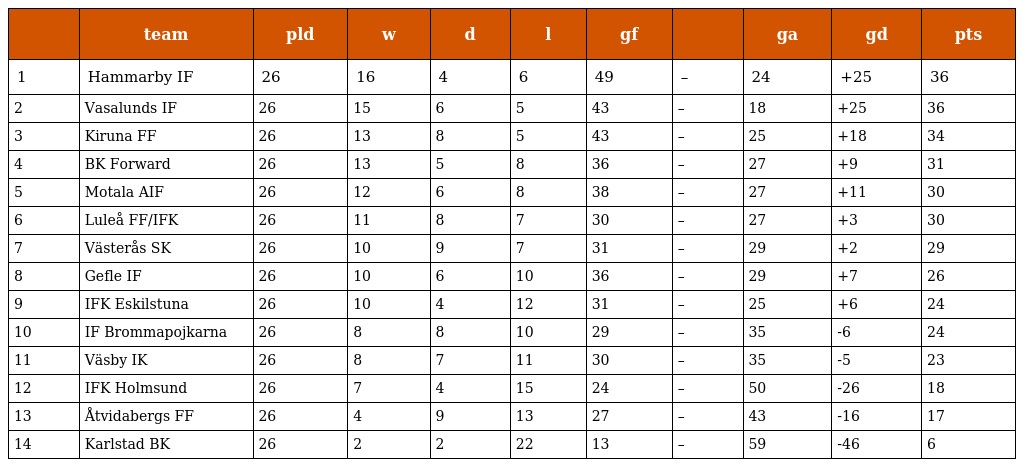
|  | team | pld | w | d | l | gf |  | ga | gd | pts |
 | --- | --- | --- | --- | --- | --- | --- | --- | --- | --- | --- |
 | 1 | Hammarby IF | 26 | 16 | 4 | 6 | 49 | – | 24 | +25 | 36 |
 | 2 | Vasalunds IF | 26 | 15 | 6 | 5 | 43 | – | 18 | +25 | 36 |
 | 3 | Kiruna FF | 26 | 13 | 8 | 5 | 43 | – | 25 | +18 | 34 |
 | 4 | BK Forward | 26 | 13 | 5 | 8 | 36 | – | 27 | +9 | 31 |
 | 5 | Motala AIF | 26 | 12 | 6 | 8 | 38 | – | 27 | +11 | 30 |
 | 6 | Luleå FF/IFK | 26 | 11 | 8 | 7 | 30 | – | 27 | +3 | 30 |
 | 7 | Västerås SK | 26 | 10 | 9 | 7 | 31 | – | 29 | +2 | 29 |
 | 8 | Gefle IF | 26 | 10 | 6 | 10 | 36 | – | 29 | +7 | 26 |
 | 9 | IFK Eskilstuna | 26 | 10 | 4 | 12 | 31 | – | 25 | +6 | 24 |
 | 10 | IF Brommapojkarna | 26 | 8 | 8 | 10 | 29 | – | 35 | -6 | 24 |
 | 11 | Väsby IK | 26 | 8 | 7 | 11 | 30 | – | 35 | -5 | 23 |
 | 12 | IFK Holmsund | 26 | 7 | 4 | 15 | 24 | – | 50 | -26 | 18 |
 | 13 | Åtvidabergs FF | 26 | 4 | 9 | 13 | 27 | – | 43 | -16 | 17 |
 | 14 | Karlstad BK | 26 | 2 | 2 | 22 | 13 | – | 59 | -46 | 6 |